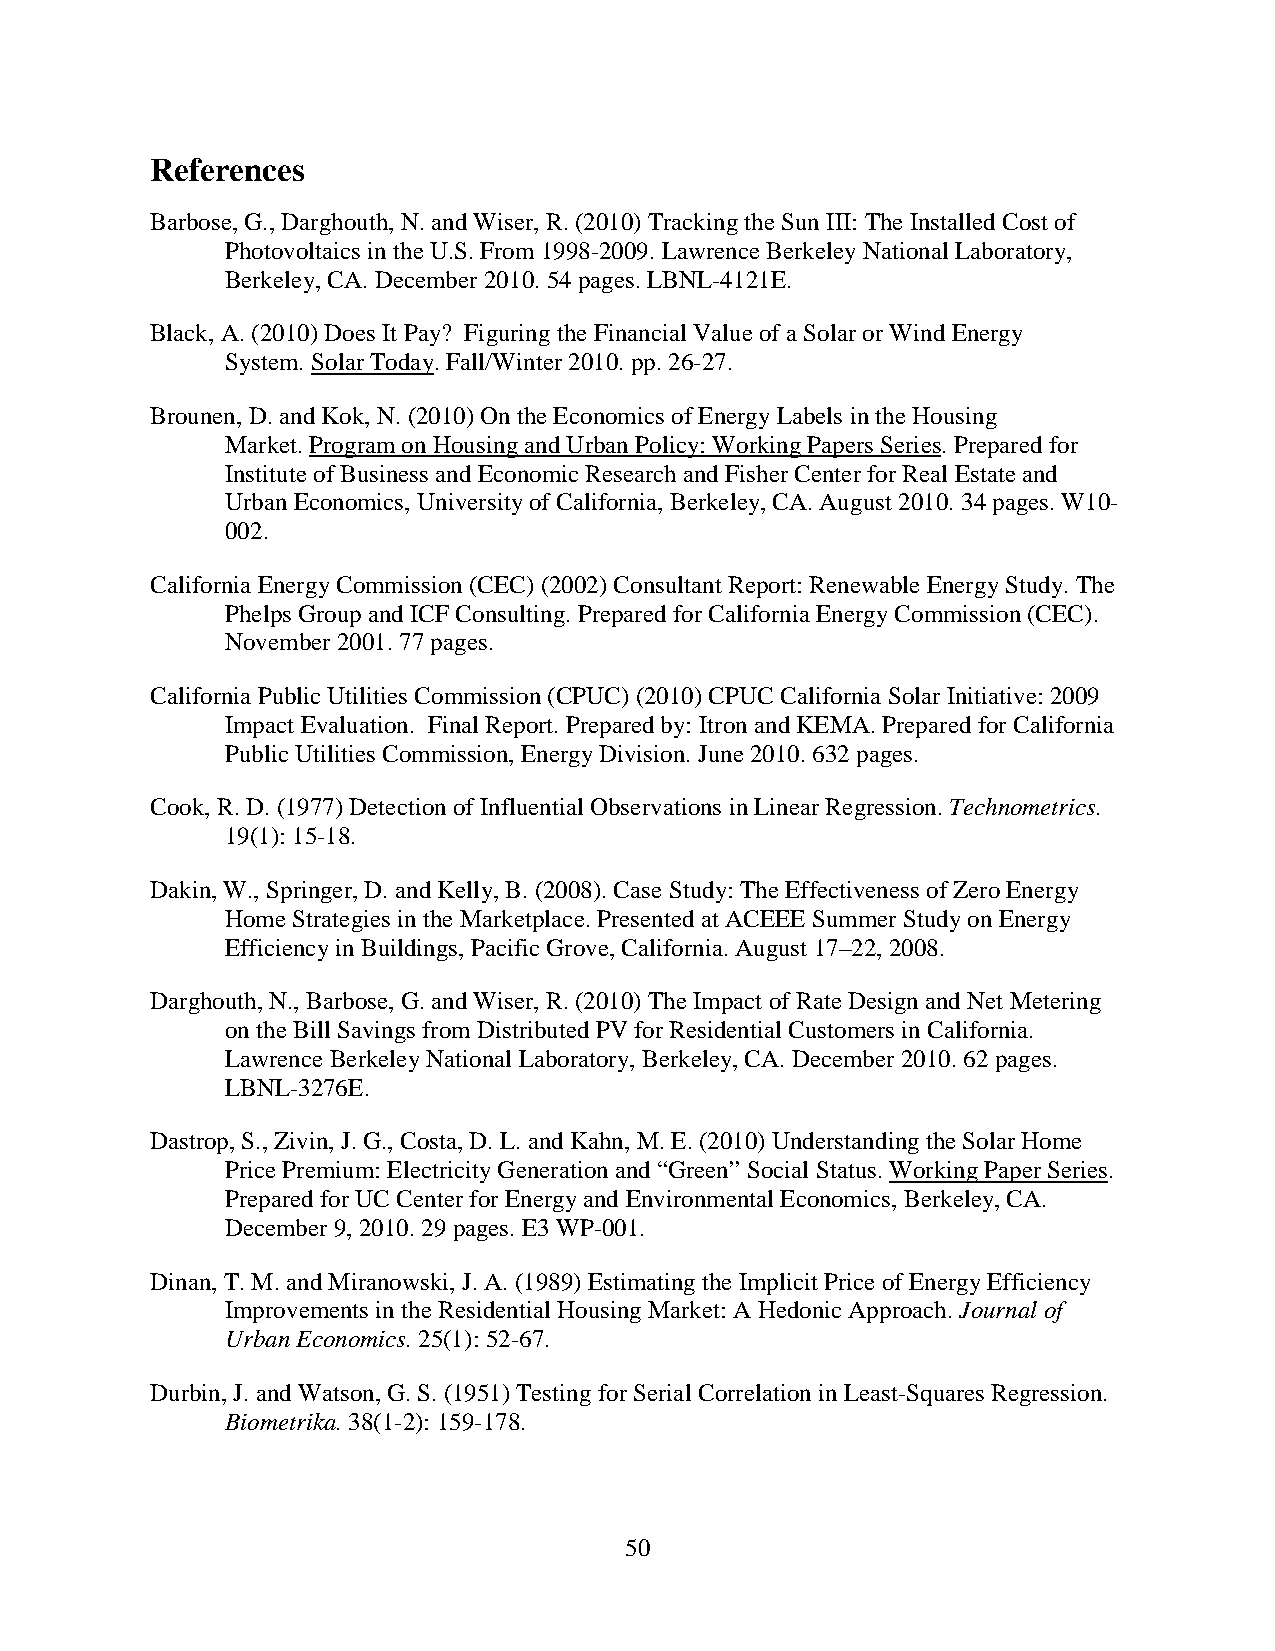
References
 Barbose, G., Darghouth, N. and Wiser, R. (2010) Tracking the Sun III: The Installed Cost of
 Photovoltaics in the U.S. From 1998-2009. Lawrence Berkeley National Laboratory,
 Berkeley, CA. December 2010. 54 pages. LBNL-4121E.
 Black, A. (2010) Does It Pay? Figuring the Financial Value of a Solar or Wind Energy
 System. Solar Today. Fall/Winter 2010. pp. 26-27.
 Brounen, D. and Kok, N. (2010) On the Economics of Energy Labels in the Housing
 Market. Program on Housing and Urban Policy: Working Papers Series. Prepared for
 Institute of Business and Economic Research and Fisher Center for Real Estate and
 Urban Economics, University of California, Berkeley, CA. August 2010. 34 pages. W10-
 002.
 California Energy Commission (CEC) (2002) Consultant Report: Renewable Energy Study. The
 Phelps Group and ICF Consulting. Prepared for California Energy Commission (CEC).
 November 2001. 77 pages.
 California Public Utilities Commission (CPUC) (2010) CPUC California Solar Initiative: 2009
 Impact Evaluation. Final Report. Prepared by: Itron and KEMA. Prepared for California
 Public Utilities Commission, Energy Division. June 2010. 632 pages.
 Cook, R. D. (1977) Detection of Influential Observations in Linear Regression. Technometrics.
 19(1): 15-18.
 Dakin, W., Springer, D. and Kelly, B. (2008). Case Study: The Effectiveness of Zero Energy
 Home Strategies in the Marketplace. Presented at ACEEE Summer Study on Energy
 Efficiency in Buildings, Pacific Grove, California. August 17–22, 2008.
 Darghouth, N., Barbose, G. and Wiser, R. (2010) The Impact of Rate Design and Net Metering
 on the Bill Savings from Distributed PV for Residential Customers in California.
 Lawrence Berkeley National Laboratory, Berkeley, CA. December 2010. 62 pages.
 LBNL-3276E.
 Dastrop, S., Zivin, J. G., Costa, D. L. and Kahn, M. E. (2010) Understanding the Solar Home
 Price Premium: Electricity Generation and “Green” Social Status. Working Paper Series.
 Prepared for UC Center for Energy and Environmental Economics, Berkeley, CA.
 December 9, 2010. 29 pages. E3 WP-001.
 Dinan, T. M. and Miranowski, J. A. (1989) Estimating the Implicit Price of Energy Efficiency
 Improvements in the Residential Housing Market: A Hedonic Approach. Journal of
 Urban Economics. 25(1): 52-67.
 Durbin, J. and Watson, G. S. (1951) Testing for Serial Correlation in Least-Squares Regression.
 Biometrika. 38(1-2): 159-178.
 50